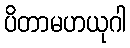
ပိတာမဟယုဂါ